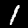
Digit: 1